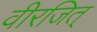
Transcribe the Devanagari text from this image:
वीरजित्